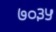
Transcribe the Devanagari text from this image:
७०३५